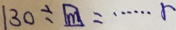
1 3 0 \div \boxed { m } = \cdots r